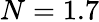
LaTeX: N=1.7